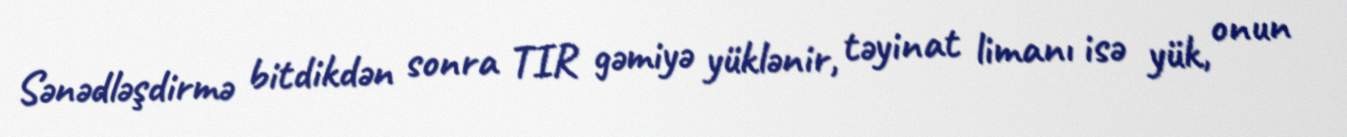
Sənədləşdirmə bitdikdən sonra TIR gəmiyə yüklənir, təyinat limanı isə yük, onun